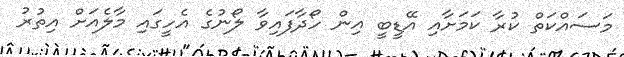
މަސައްކަތް ކުރާ ކަމަށާއި އޭޑީބީ އިން ހޯދާފައިވާ ލޯނުގެ އެހީގައި މާލެއަށް އިތުރު